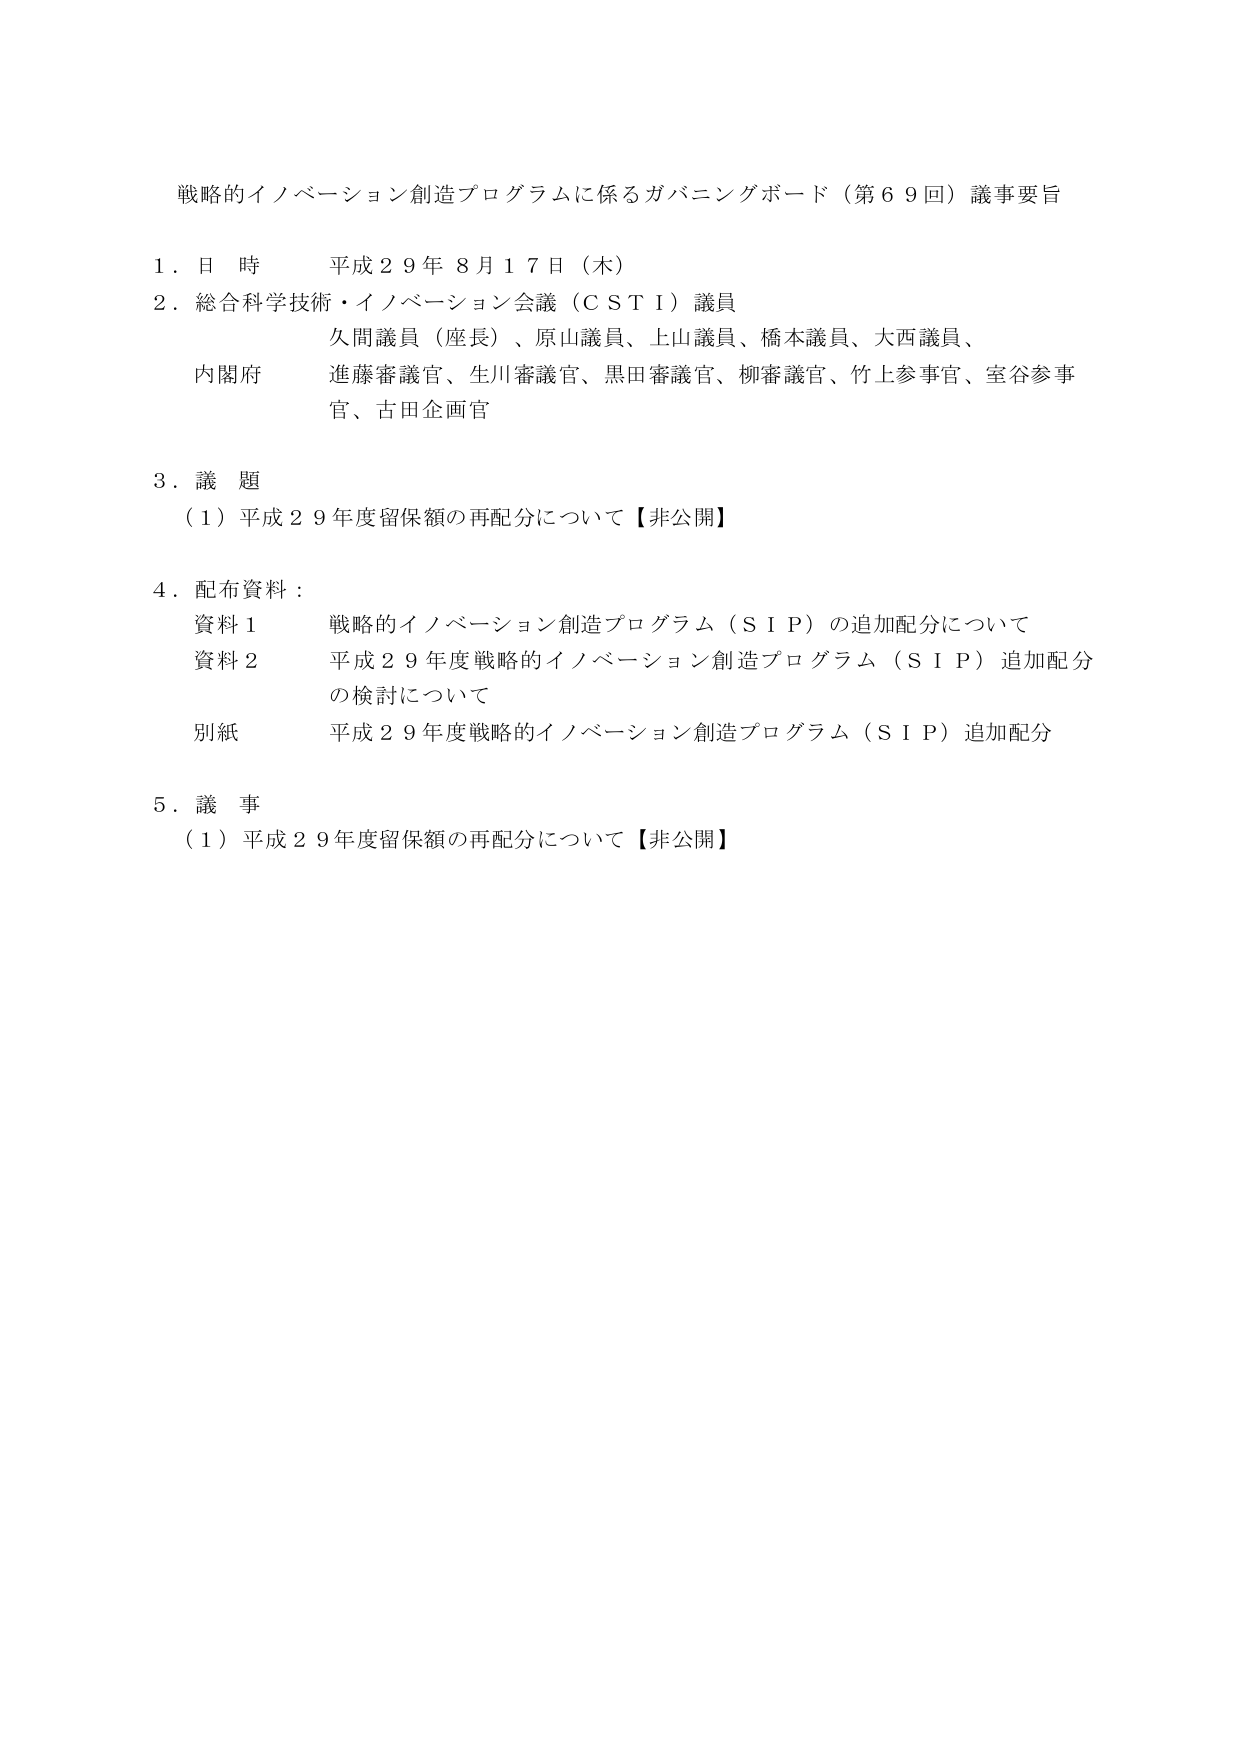
戦略的イノベーション創造プログラムに係るガバニングボード（第６９回）議事要旨

１．日 時 平成２９年８月１７日（木）

２．総合科学技術・イノベーション会議（ＣＳＴＩ）議員
久間議員（座長）、原山議員、上山議員、橋本議員、大西議員、
内閣府 進藤審議官、生川審議官、黒田審議官、柳審議官、竹上参事官、室谷参事
官、古田企画官

３．議 題
（１）平成２９年度留保額の再配分について【非公開】

４．配布資料：
資料１ 戦略的イノベーション創造プログラム（ＳＩＰ）の追加配分について
資料２ 平成２９年度戦略的イノベーション創造プログラム（ＳＩＰ）追加配分
の検討について
別紙 平成２９年度戦略的イノベーション創造プログラム（ＳＩＰ）追加配分

５．議 事
（１）平成２９年度留保額の再配分について【非公開】